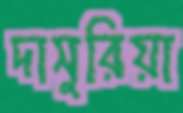
দাসুরিয়া